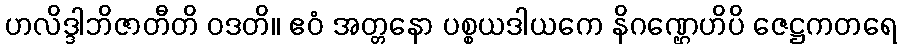
ဟလိဒ္ဒါဘိဇာတီတိ ဝဒတိ။ ဧဝံ အတ္တနော ပစ္စယဒါယကေ နိဂဏ္ဌေဟိပိ ဇေဋ္ဌကတရေ